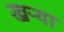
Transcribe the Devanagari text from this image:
खऱ्या